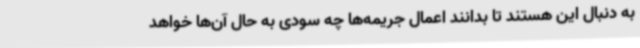
به دنبال این هستند تا بدانند اعمال جریمه‌ها چه سودی به حال آن‌ها خواهد